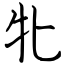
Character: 牝